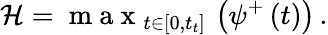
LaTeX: \mathcal{H}=\mathrm{~m~a~x~}_{t\in[0,t_{t}]}\, \left(\psi^{+}\left(t\right)\right)\, .